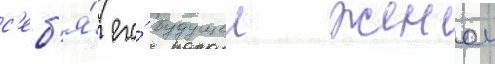
с'еб'я́ его́ будущеи женои